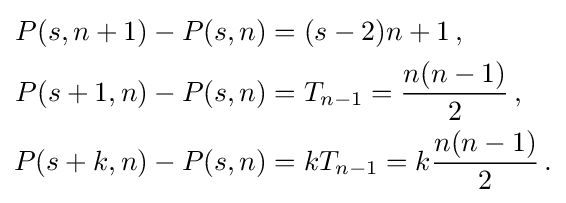
{\begin{aligned}P(s,n+1)-P(s,n)&=(s-2)n+1\,,\\P(s+1,n)-P(s,n)&=T_{n-1}={\frac {n(n-1)}{2}}\,,\\P(s+k,n)-P(s,n)&=kT_{n-1}=k{\frac {n(n-1)}{2}}\,.\end{aligned}}